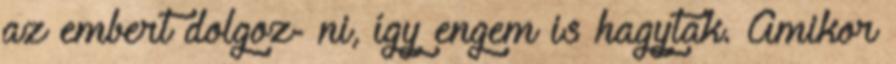
az embert dolgoz- ni, így engem is hagytak. Amikor